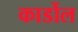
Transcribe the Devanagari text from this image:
कार्डोल